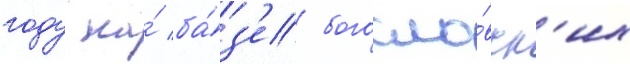
году на́ ба́з'е богосло́вск'их